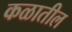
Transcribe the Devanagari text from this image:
कळातील